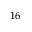
^ { 1 6 }